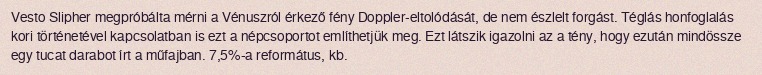
Vesto Slipher megpróbálta mérni a Vénuszról érkező fény Doppler-eltolódását, de nem észlelt forgást. Téglás honfoglalás kori történetével kapcsolatban is ezt a népcsoportot említhetjük meg. Ezt látszik igazolni az a tény, hogy ezután mindössze egy tucat darabot írt a műfajban. 7,5%-a református, kb.